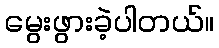
မွေးဖွားခဲ့ပါတယ်။